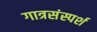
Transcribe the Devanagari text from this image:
गात्रसंस्पर्श